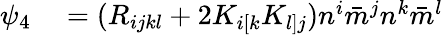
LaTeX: \begin{array}{rl}{\psi_{4}}&{{}=(R_{ijkl}+2K_{i[k}K_{l]j})n^{i}\bar{m}^{j}n^{k}\bar{m}^{l}}\end{array}